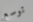
توسع